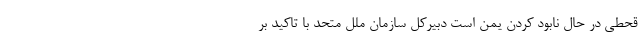
قحطی در حال نابود کردن یمن است دبیرکل سازمان ملل متحد با تاکید بر